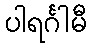
ပါရင်္ဂါမီ